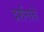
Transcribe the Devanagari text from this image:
दर्शनांचे